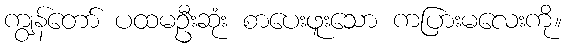
ကျွန်တော် ပထမဦးဆုံး စာပေးဖူးသော ကပြားမလေးကို။